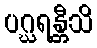
ပဂ္ဃရန္တီသိ